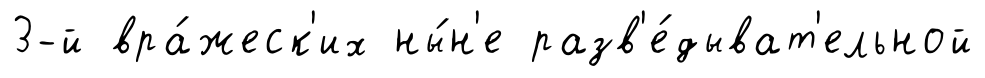
3-й вра́жеск'их ны́н'е разв'е́дыват'ельной